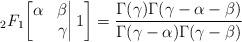
LaTeX: \begin{align*}{}_{2}F_1\bigg[\begin{matrix}\alpha&\beta\\&\gamma\end{matrix}\bigg|\,1\bigg]=\frac{\Gamma(\gamma)\Gamma(\gamma-\alpha-\beta)}{\Gamma(\gamma-\alpha)\Gamma(\gamma-\beta)}\end{align*}